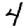
Digit: 4